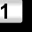
Digit: 1